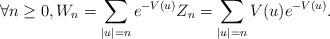
LaTeX: \begin{align*} \forall n \geq 0, W_n = \sum_{|u|=n} e^{-V(u)} Z_n = \sum_{|u|=n} V(u)e^{-V(u)}.\end{align*}